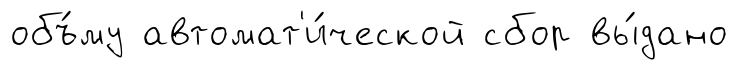
объ́му автомат'и́ческой сбор вы́дано